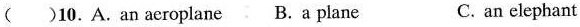
( ) 10.A.An aeroplaneB. A plane C. an elephant